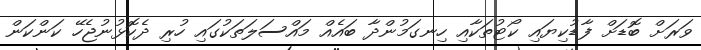
ވަރަށް ބޮޑަށް ފާޑުކިޔައި ކޯޓުތަކާއި ހިނގަމުންދާ ބައެއް މައްސަލަތަކުގައި ހުރި ދެކޮޅުނުޖެހޭ ކަންކަން